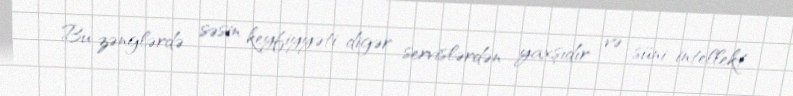
Bu zənglərdə səsin keyfiyyəti digər servislərdən yaxşıdır və süni intellekt